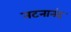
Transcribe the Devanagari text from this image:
नटनानंद